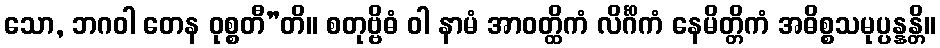
သော, ဘဂဝါ တေန ဝုစ္စတီ”တိ။ စတုဗ္ဗိဓံ ဝါ နာမံ အာဝတ္ထိကံ လိင်္ဂိကံ နေမိတ္တိကံ အဓိစ္စသမုပ္ပန္နန္တိ။